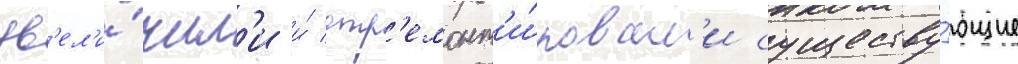
ув'ел'и́чил'и и́ отр'емонт'и́ровал'и существу́ющие